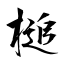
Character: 槌